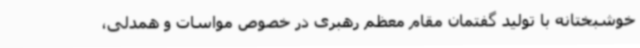
خوشبختانه با تولید گفتمان مقام معظم رهبری در خصوص مواسات و همدلی،